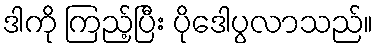
ဒါကို ကြည့်ပြီး ပိုဒေါပွလာသည်။